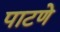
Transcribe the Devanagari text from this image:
पाटणे